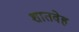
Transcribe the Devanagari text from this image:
शातवेह